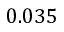
0 . 0 3 5